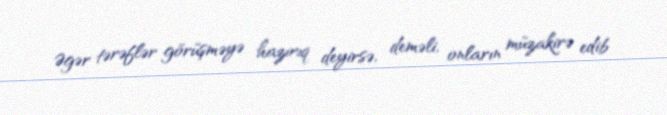
Əgər tərəflər görüşməyə hazırıq deyirsə, deməli, onların müzakirə edib